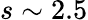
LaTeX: s\sim 2.5